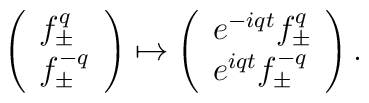
\left(		\begin{array}{l}		f_\pm^{q} \\ f_\pm^{-q}		\end{array}	\right) 	\mapsto 	\left(		\begin{array}{l}		e^{-iqt} f_\pm^{q} \\ e^{iqt} f_\pm^{-q}		\end{array}	\right).